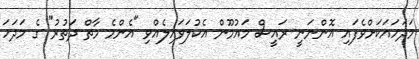
މަދަހައަކަށްވެފައި އޮންނަނީ ރައީސް މައުމޫން އެކުލަވައިލެއްވި "އެންމެ މާތް ދަތުރު" ގެ މަދަހަ